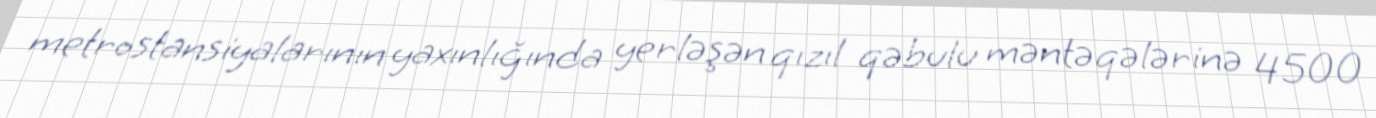
metrostansiyalarının yaxınlığında yerləşən qızıl qəbulu məntəqələrinə 4500